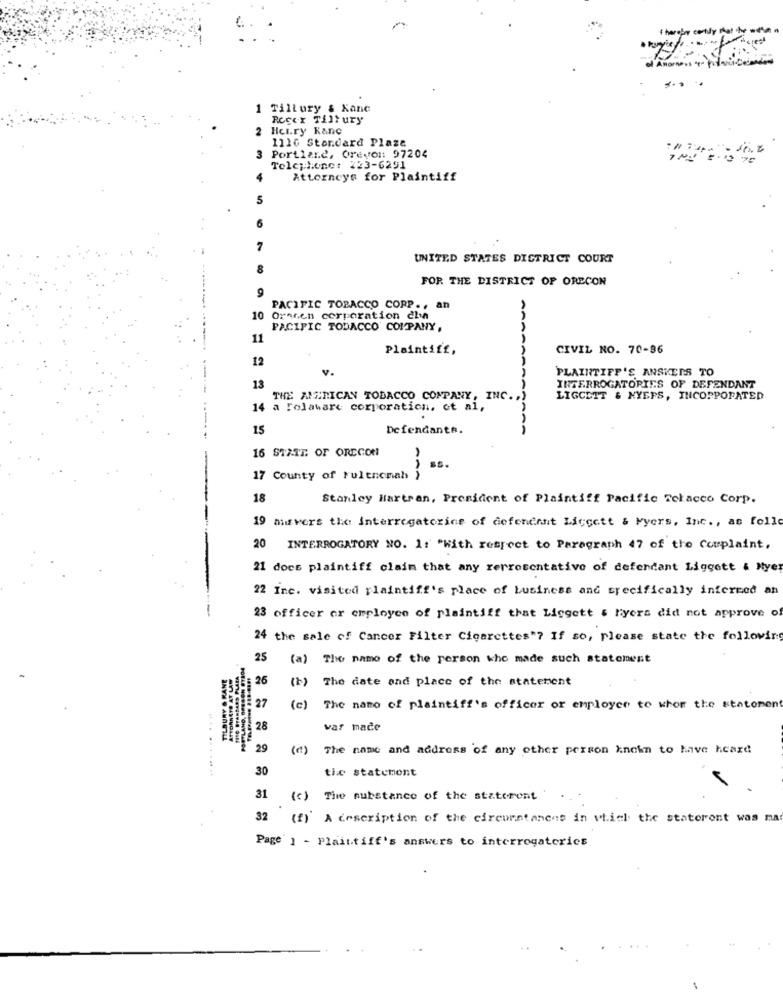
thereper cently met the mothman
....
1 Tillury & Kane
Recer Tiltury
2
Hei.ry Kanc
1116 Standard Plaze
3 Portland, Oreven: 97204
Telephonet 223-6291
4
Attorneys for Plaintiff
5
6
7
UNITED STATES DISTRICT COURT
8
FOR THE DISTRICT OF ORECON
PACIFIC TOBACCO CORP ., an
10 Oraren corporation cha
PACIFIC TODACCO COMPANY,
11
Plaintiff,
CIVIL NO. 70-86
12
PLAINTIFF'S ANSKEIS TO
AAAAAAAA
13
INTERROGATORIES OF DEFENDANT
THE AMERICAN TOBACCO COMPANY, INC.
LIGCETT & NYEFS, INCORPORATED
14 a Folavare corporation, et al,
15
Defendants.
16 STATT OF OREGON
17 County of Multnomah
AAA
18
Stanley Hartran, President of Plaintiff Pacific Tekacco Corp.
19 auvers the interrogatorice of defendant Liccett & Myers, Inc ., as follo
-
20 INTERROGATORY NO. 1: "With respect to Paragraph 47 of the Complaint,
21 docs plaintiff claim that any rerrotentative of defendant Liggett & Nye
22 Inc. visited plaintiff's place of business and specifically inferred an
23 officer or employee of plaintiff that Liggett & Myers did not approve of
24 the sale of Cancer Filter Cigarettes"? If so, please state the followir
25
(a) The name of the person who made such statement
TILBURY & KANE
ATTORNEYS AT LAW
25
( 2)
The date and place of the statement
27
(c) The name of plaintiff's officer or employee to whom the statement
28
var made
29
The name and address of any other person known to have heard
30
tic statement
31
(c) The substance of the staterent
32 (f)' A description of the circumstances in which the staterent was na
Page 1 - Plaintiff's answers to interrogaterics